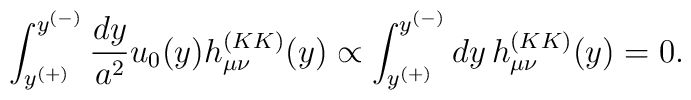
\int_{y^{(+)}}^{y^{(-)}} {dy\over a^2} u_0(y) h_{\mu\nu}^{(KK)}(y)  \propto\int_{y^{(+)}}^{y^{(-)}} dy\, h_{\mu\nu}^{(KK)}(y)=0.